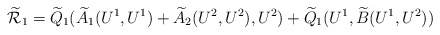
\begin{align*}\widetilde{\mathcal{R}}_1 = \widetilde{Q}_1(\widetilde{A}_1(U^1,U^1)+ \widetilde{A}_2(U^2, U^2), U^2) + \widetilde{Q}_1(U^1, \widetilde{B}(U^1, U^2)) \end{align*}